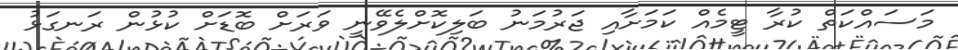
މަސައްކަތް ކުރާ ޓީމެއް ކަމަށާއި ޖަރުމަނު ބަލިކޮށްލެވޭނީ ވަރަށް ބޮޑަށް ކުޅުން ރަނގަޅު